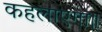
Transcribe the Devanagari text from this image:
कहलाएगा॥